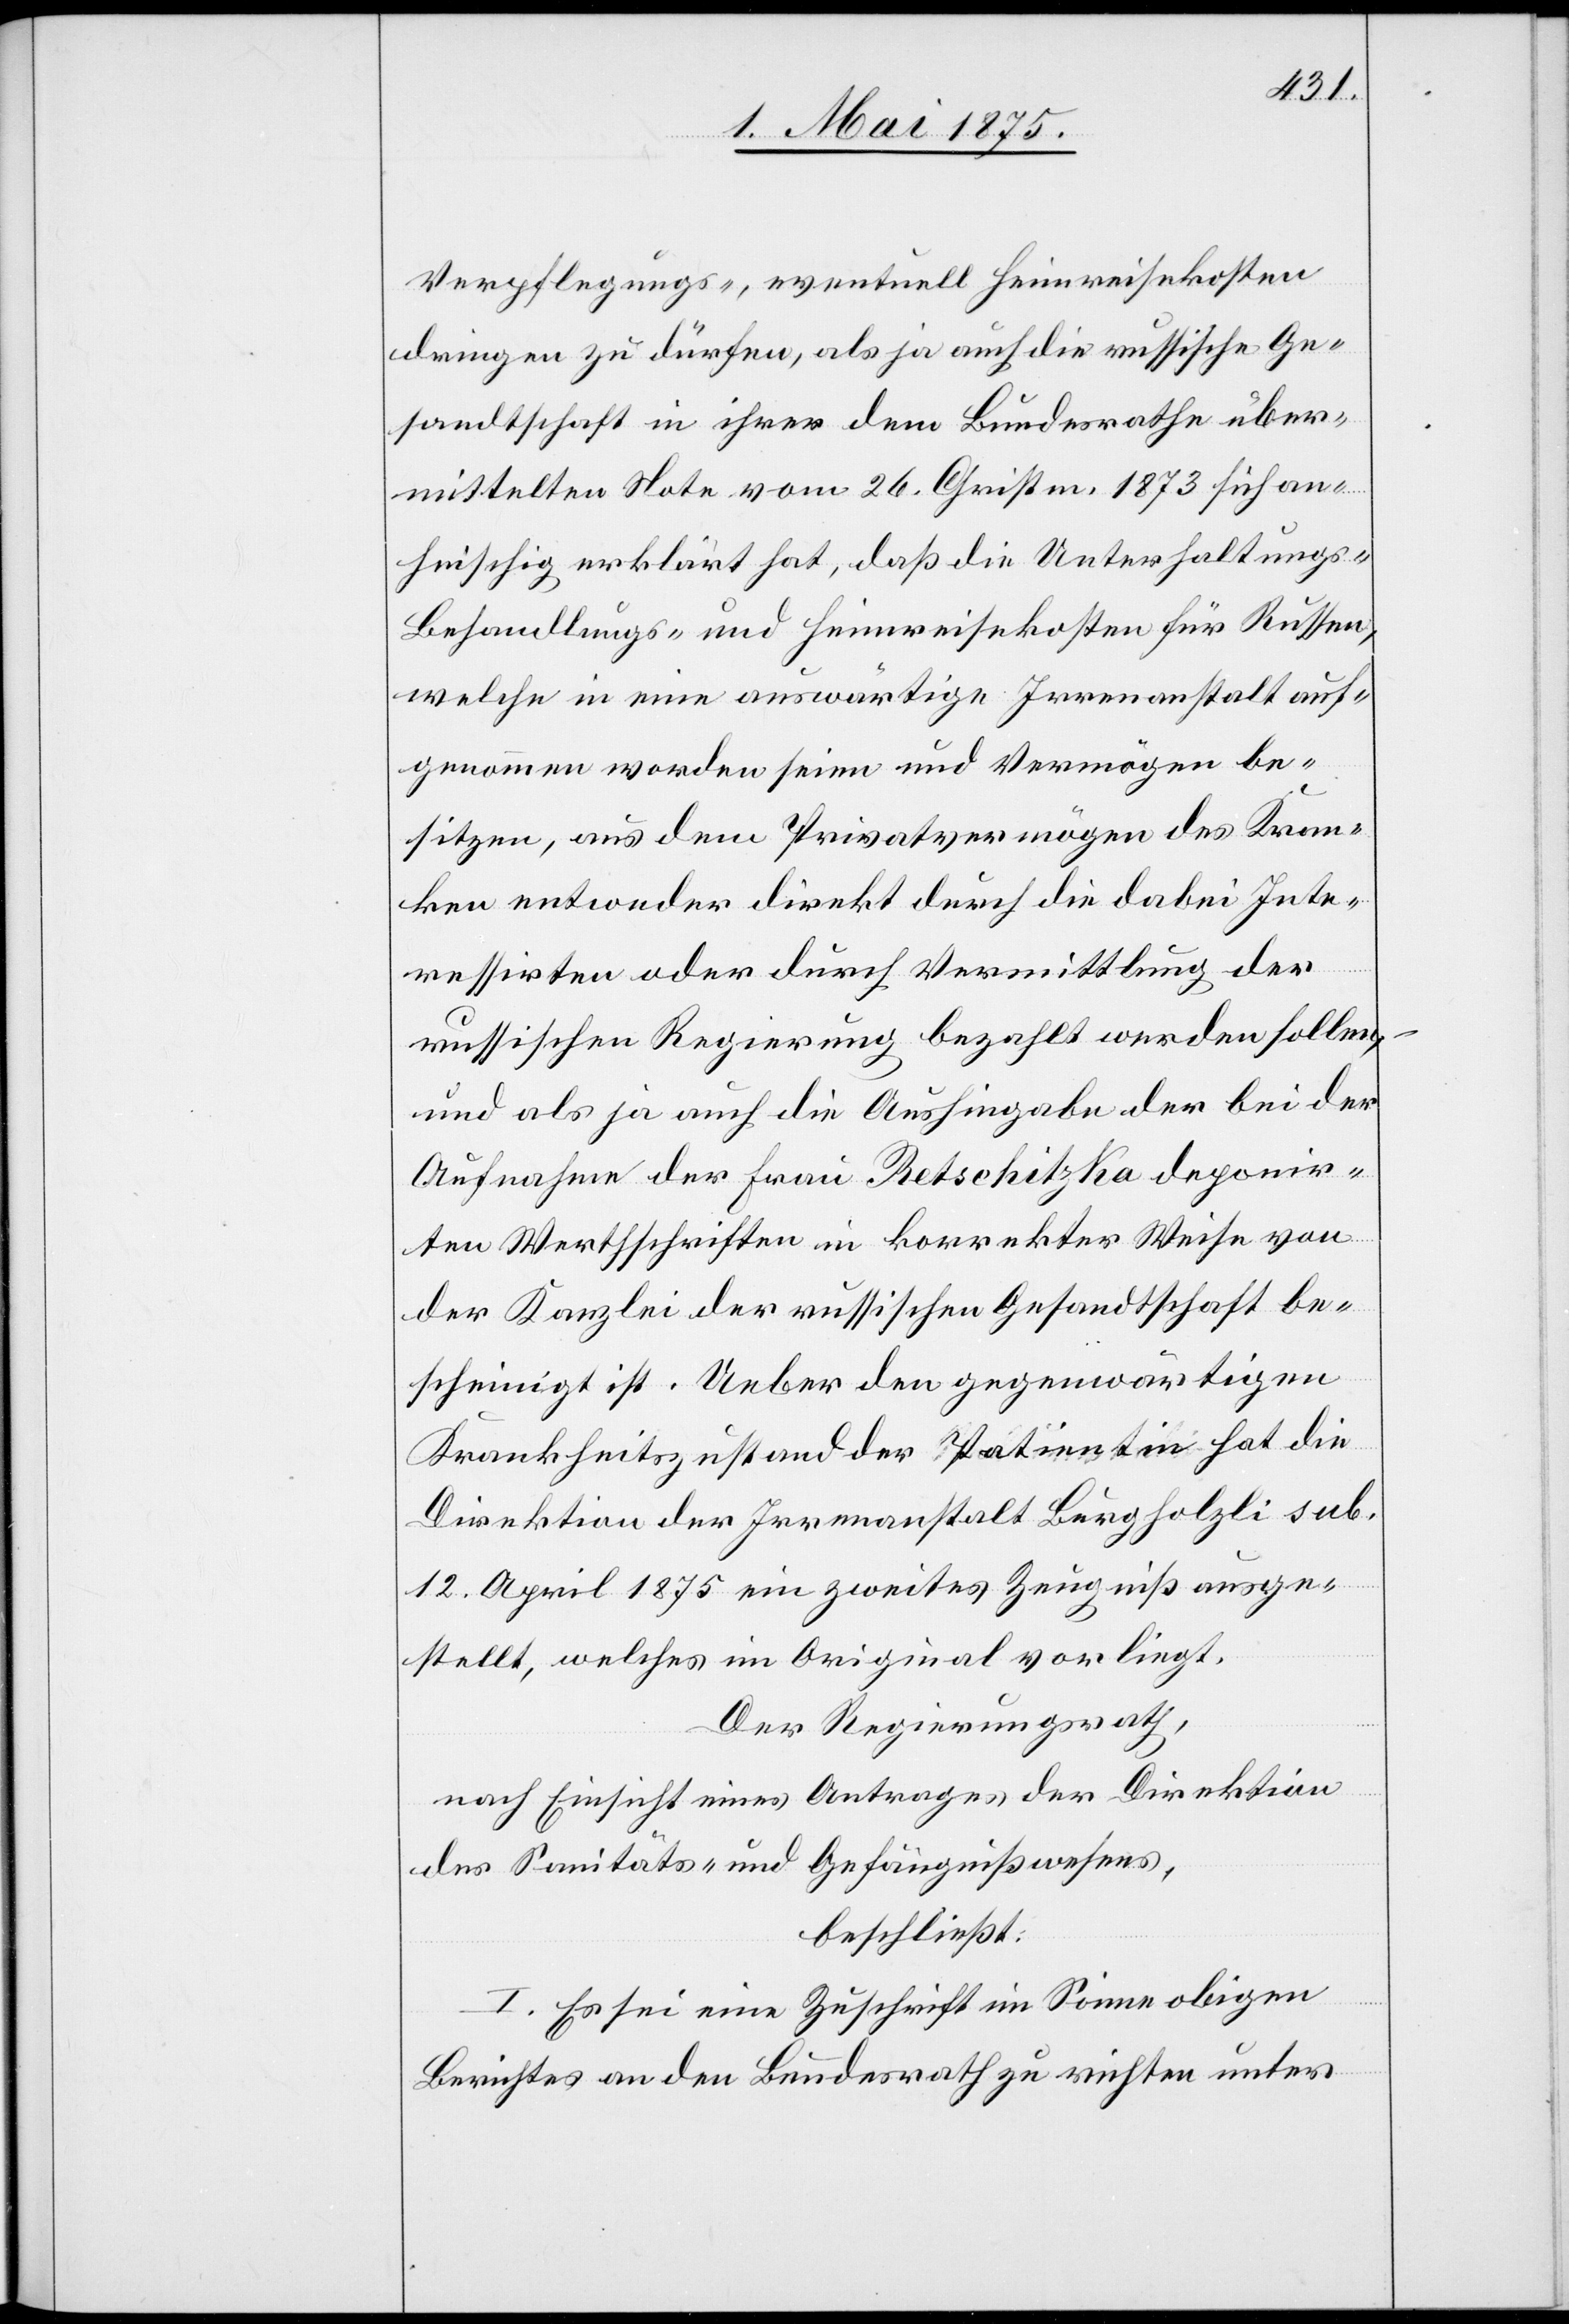
Verpflegungs-, eventuell Heimreisekosten
dringen zu dürfen, als ja auch die russische Ge¬
sandtschaft in ihrer dem Bundesrathe über¬
mittelten Nota vom 26. Christm. 1873 sich an¬
heischig erklärt hat, daß die Unterhaltungs-[,]
Behandlungs- und Heimreisekosten für Russen,
welche in eine auswärtige Irrenanstalt auf¬
genommen worden seien und Vermögen be¬
sitzen, aus dem Privatvermögen des Kran¬
ken entweder direkt durch die dabei Inte¬
ressirten oder durch Vermittlung der
russischen Regierung bezahlt werden sollen,
und als ja auch die Aushingabe der bei der
Aufnahme der Frau Retschitzka deponir¬
ten Werthschriften in korrekter Weise von
der Kanzlei der russischen Gesandtschaft be¬
scheinigt ist. Ueber den gegenwärtigen
Krankheitszustand der Patientin hat die
Direktion der Irrenanstalt Burghölzli sub.
12. April 1875 ein zweites Zeugniß ausge¬
stellt, welches im Original vorliegt.
Der Regierungsrath,
nach Einsicht eines Antrages der Direktion
des Sanitäts- und Gefängnißwesens,
beschließt:
I. Es sei eine Zuschrift im Sinne obigen
Berichtes an den Bundesrath zu richten unter